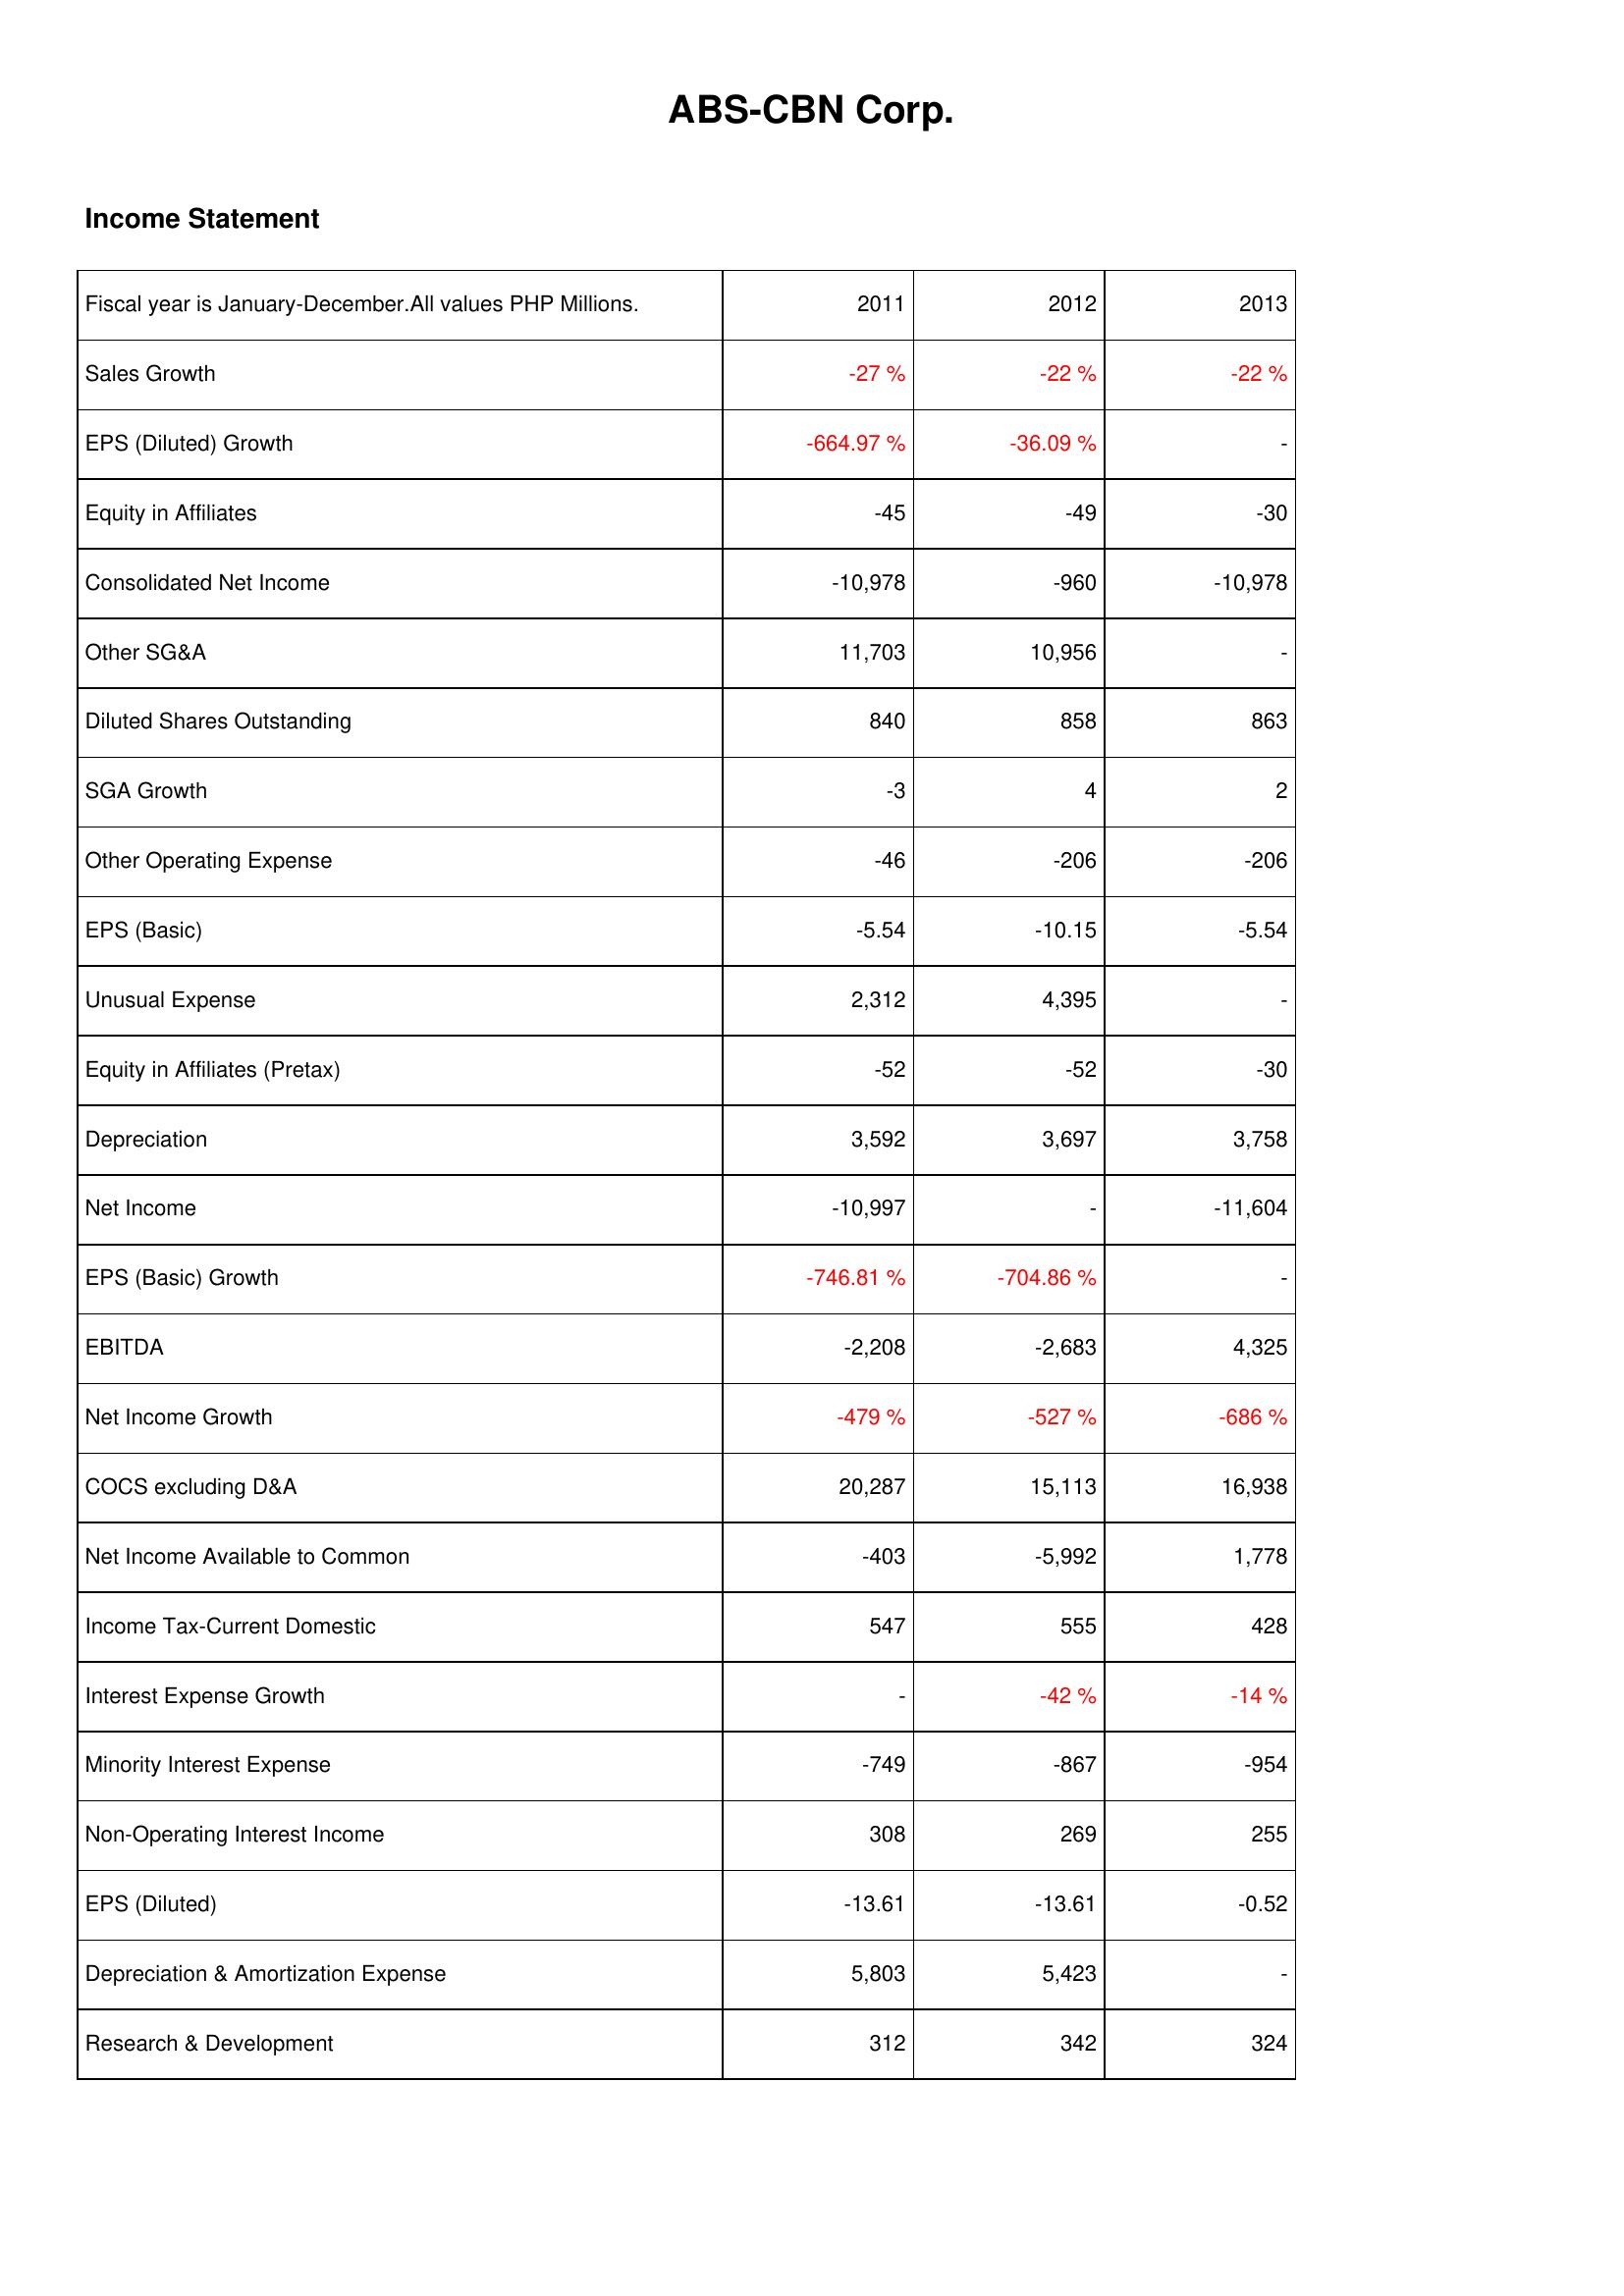
2011: Income Statement: Sales Growth: -27 %
EPS (Diluted) Growth: -664.97 %
Equity in Affiliates: -45
Consolidated Net Income: -10,978
Other SG&A: 11,703
Diluted Shares Outstanding: 840
SGA Growth: -3
Other Operating Expense: -46
EPS (Basic): -5.54
Unusual Expense: 2,312
Equity in Affiliates (Pretax): -52
Depreciation: 3,592
Net Income: -10,997
EPS (Basic) Growth: -746.81 %
EBITDA: -2,208
Net Income Growth: -479 %
COCS excluding D&A: 20,287
Net Income Available to Common: -403
Income Tax-Current Domestic: 547
Interest Expense Growth: -
Minority Interest Expense: -749
Non-Operating Interest Income: 308
EPS (Diluted): -13.61
Depreciation & Amortization Expense: 5,803
Research & Development: 312
2012: Income Statement: Sales Growth: -22 %
EPS (Diluted) Growth: -36.09 %
Equity in Affiliates: -49
Consolidated Net Income: -960
Other SG&A: 10,956
Diluted Shares Outstanding: 858
SGA Growth: 4
Other Operating Expense: -206
EPS (Basic): -10.15
Unusual Expense: 4,395
Equity in Affiliates (Pretax): -52
Depreciation: 3,697
Net Income: -
EPS (Basic) Growth: -704.86 %
EBITDA: -2,683
Net Income Growth: -527 %
COCS excluding D&A: 15,113
Net Income Available to Common: -5,992
Income Tax-Current Domestic: 555
Interest Expense Growth: -42 %
Minority Interest Expense: -867
Non-Operating Interest Income: 269
EPS (Diluted): -13.61
Depreciation & Amortization Expense: 5,423
Research & Development: 342
2013: Income Statement: Sales Growth: -22 %
EPS (Diluted) Growth: -
Equity in Affiliates: -30
Consolidated Net Income: -10,978
Other SG&A: -
Diluted Shares Outstanding: 863
SGA Growth: 2
Other Operating Expense: -206
EPS (Basic): -5.54
Unusual Expense: -
Equity in Affiliates (Pretax): -30
Depreciation: 3,758
Net Income: -11,604
EPS (Basic) Growth: -
EBITDA: 4,325
Net Income Growth: -686 %
COCS excluding D&A: 16,938
Net Income Available to Common: 1,778
Income Tax-Current Domestic: 428
Interest Expense Growth: -14 %
Minority Interest Expense: -954
Non-Operating Interest Income: 255
EPS (Diluted): -0.52
Depreciation & Amortization Expense: -
Research & Development: 324